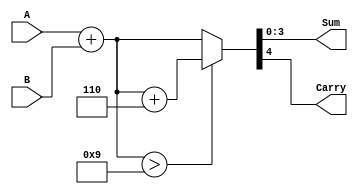
module BCD_Adder (
    input  [3:0] A,     // First BCD digit
    input  [3:0] B,     // Second BCD digit
    output [3:0] Sum,   // Resulting BCD sum
    output Carry        // Carry out
);

    wire [4:0] binary_sum; // 5 bits to accommodate possible carry
    wire [4:0] corrected_sum;

    // Perform binary addition of A and B
    assign binary_sum = A + B;

    // Determine if correction is needed (if binary sum exceeds 9)
    assign corrected_sum = (binary_sum > 9) ? (binary_sum + 5'd6) : binary_sum;

    // Assign Sum to the lower 4 bits of corrected_sum
    assign Sum = corrected_sum[3:0];

    // Assign Carry to the 5th bit of corrected_sum
    assign Carry = corrected_sum[4];

endmodule